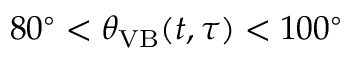
8 0 ^ { \circ } < \theta _ { \mathrm { V B } } ( t , \tau ) < 1 0 0 ^ { \circ }